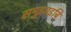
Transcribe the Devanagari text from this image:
समुझाइबि